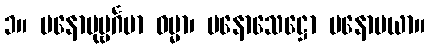
၁။ မနောပုဗ္ဗင်္ဂမာ ဓမ္မာ၊ မနောသေဋ္ဌော မနောမယာ။